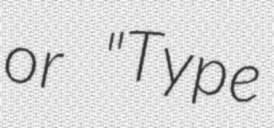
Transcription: or "Type